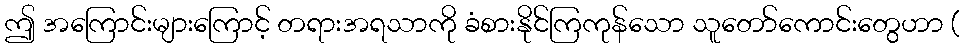
ဤ အကြောင်းများကြောင့် တရားအရသာကို ခံစားနိုင်ကြကုန်သော သူတော်ကောင်းတွေဟာ (